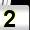
Digit: 2